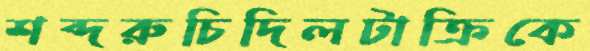
শব্দরুচিদিলটাক্রিকে